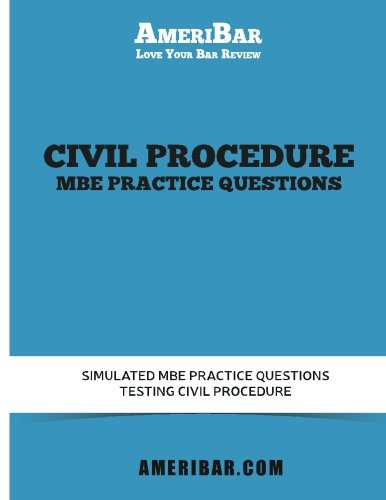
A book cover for Civil Procedure MBE Practice Questions: Simulated MBE Practice Questions Testing Civil Procedure with Answers and Explanations; AmeriBar; Test Preparation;